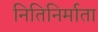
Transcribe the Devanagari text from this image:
नितिनिर्माता